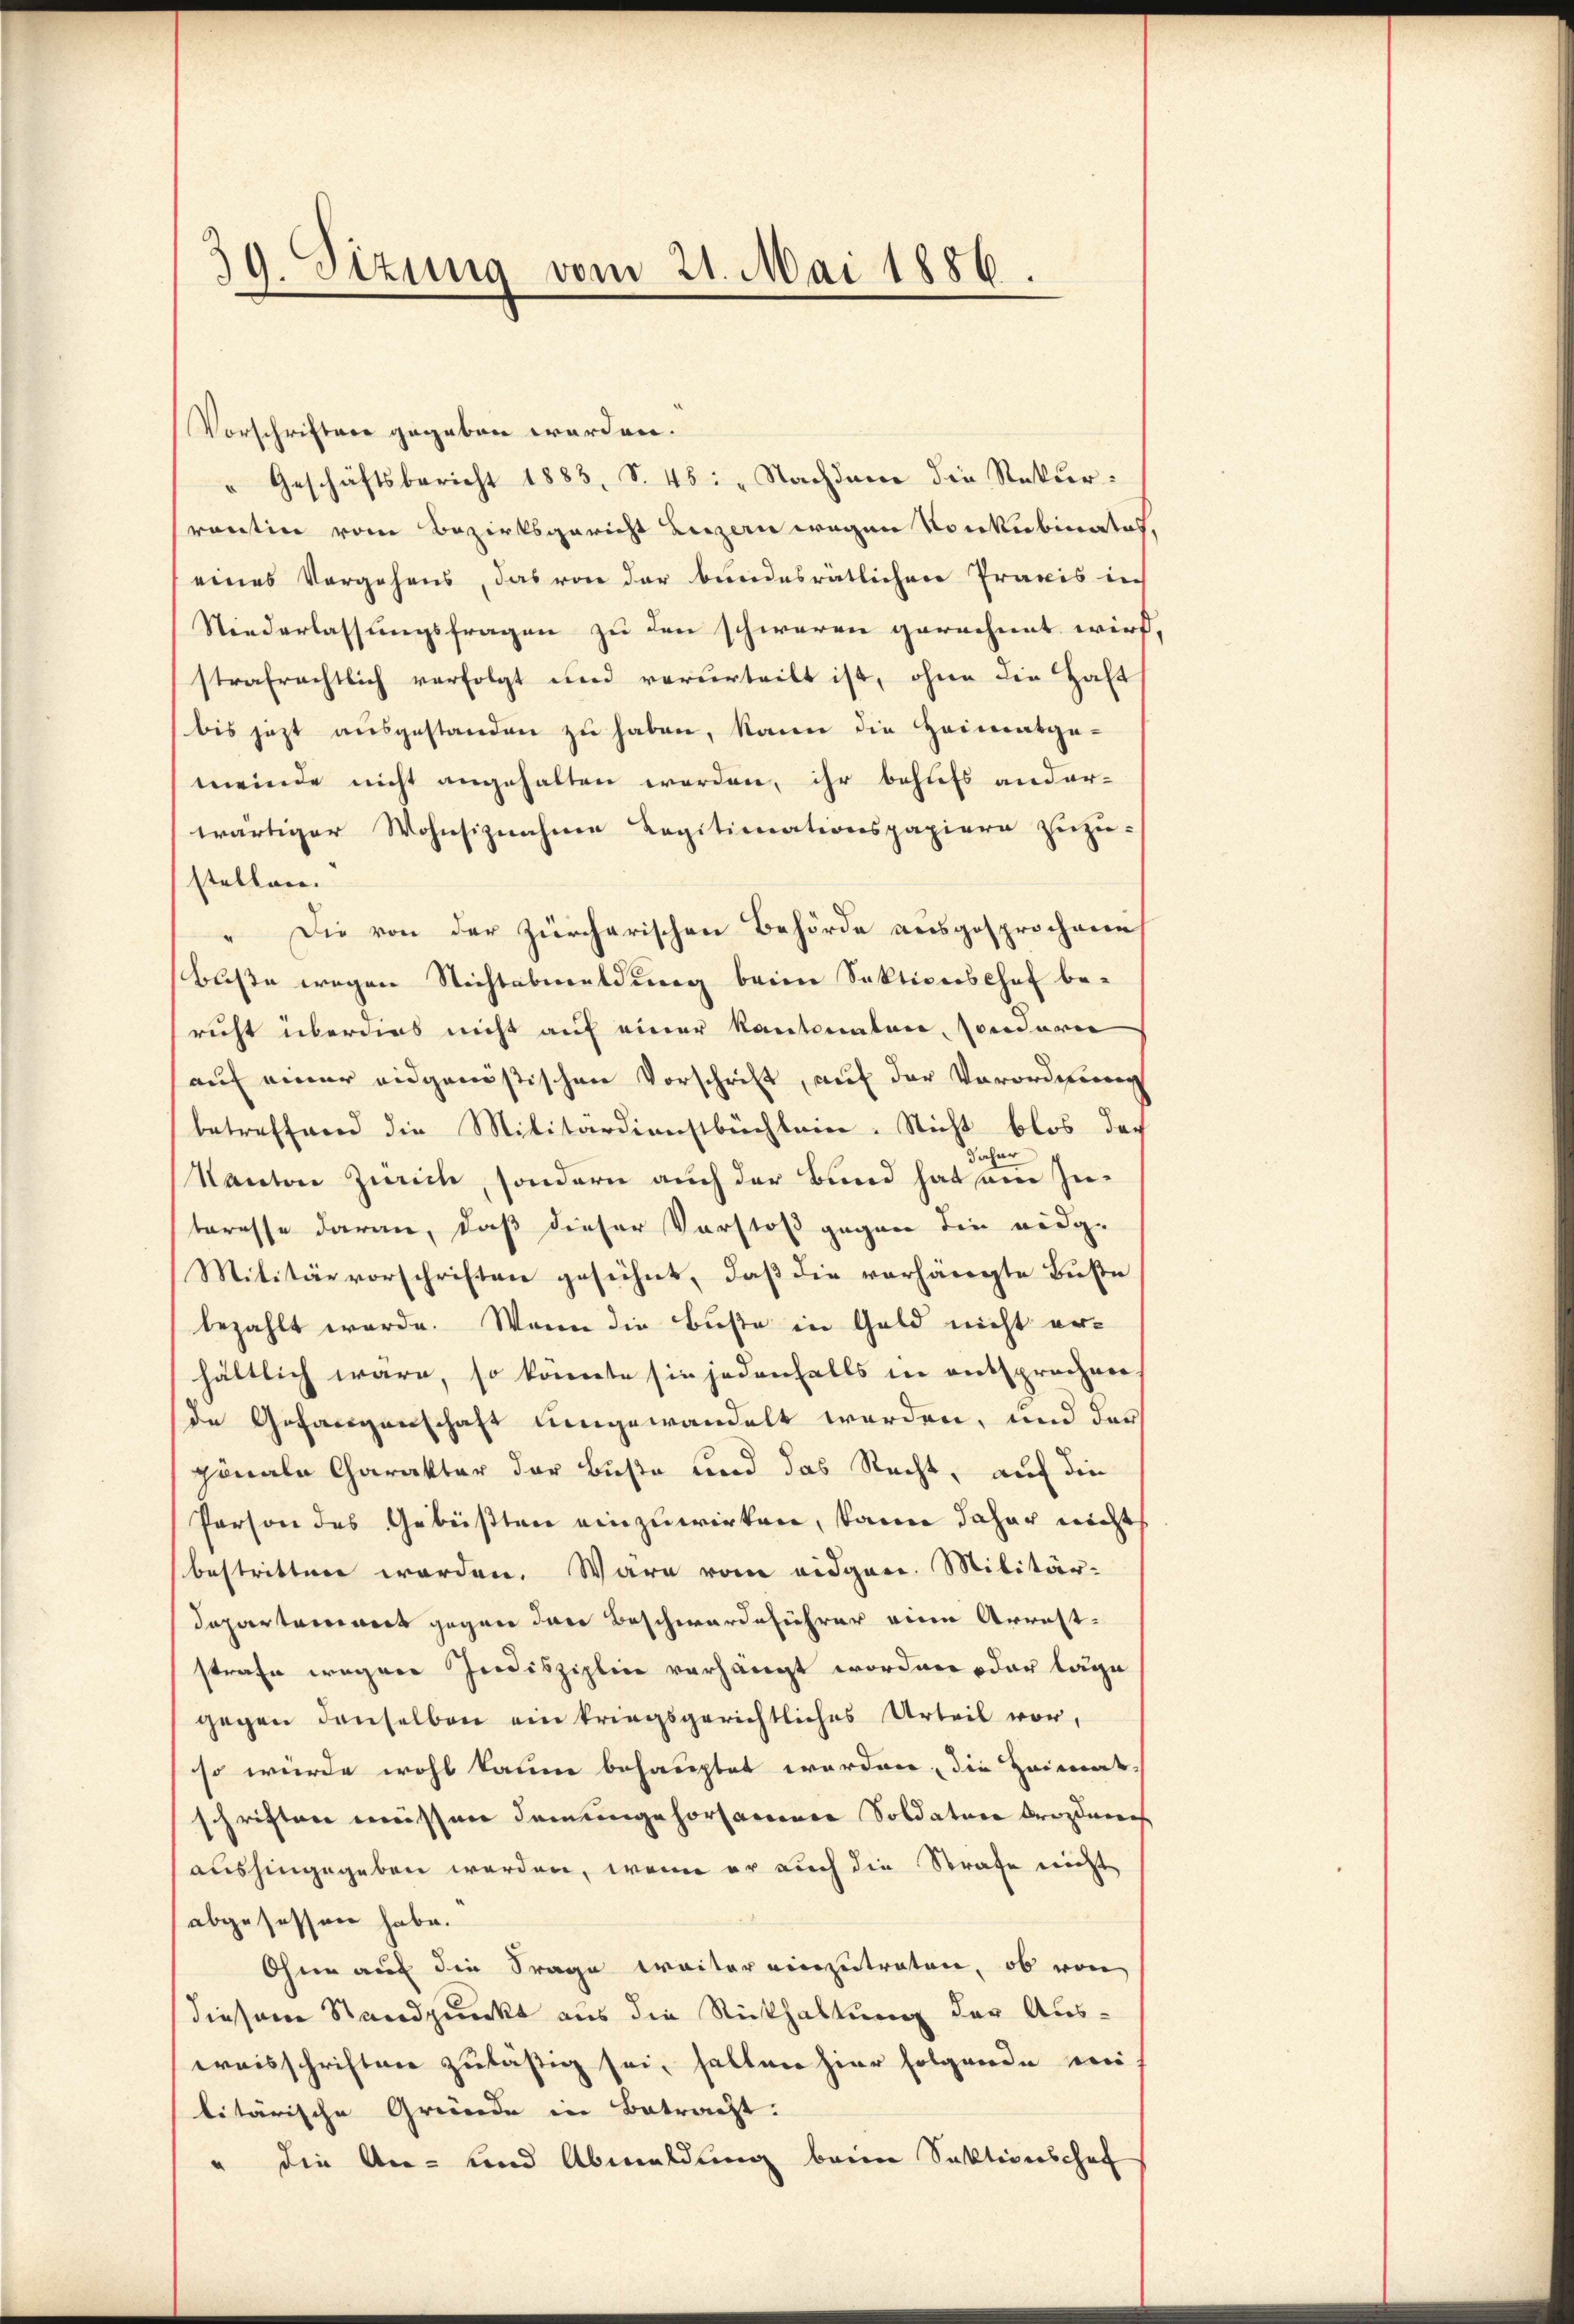
0
Sizung vom 21. Mai 1886

Vorschriften gegeben werden.
"Geschäftsbericht 1883, S. 45: „Nachdem die Rekŭr
rontin vom Bezirksgericht beizern wegen Konkubinates,
eines Vorgehens, das von der bundesratlichen Praxis in
Niederlassungsfragen zu den schweren gerechnet wird
strafrechtlich verfolgt wird vorderteilt ist, ohne die Haft
bis jezt ausgestanden zu haben, kann die Heimatge-
meinde nicht angehalten werden, ihr behufs andar-
wärtiger Wohnsiznahmen Legitionationspapiere zuzu-
stellen.
" Die von der zürcherischen Behörde ausgesprochenen
buße wegen Nichtabmeldung beim Sektionshof be-
richt überdies nicht auf einer Kantonalen, sonderie
auf einer eidgenößischen Vorschrift, auf der Verordnung
betreffend die Militärdienstbüchlein. Nicht blos doch
Kanton Zürich, sondern auch der Bund hat am Interesse daran, daß dieser Vorstoß gegen die eidge
Militärvorschriften gesühnt, daß die vorhängte Buße
bezahlt werde. Wenn die Buße in Geld nicht erhältlich wäre, so könnte sie jedenfalls in entsprochen
de Gefangenschaft umgewandelt werden, und der
ginale Charakter der Buße und das Recht, auf die
Person des Gebüßten einzuwirken, kann daher nicht
bestritten worden. Ware vom eidgen. Militär-
departement gegen der Beschwardeführer eine Arrest-
strafe wegen Indisziplin verhängt worden oder lage
gegen denselben ein kriegsgerichtliches Urteil vor,
so würde wohl kaum behauptet worden, die Heimat-
schriften wissen Damengehorsammenen Soldatur brozdanech
aushingegeben werden, wenn er auch die Strafe nicht
abgesessen habe.
Ohne auf die Frage weiter einzutreten, ob von
diesem Standpunkt aus die Rückhaltung der Auswaisschriften zulässig sei, halten hier folgende wei-
litärische Gründe in Betracht:
" die An- und Abmeldung beim Sektionschaf